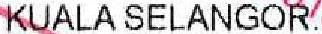
KUALA SELANGOR.